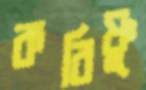
করিষ্ণু